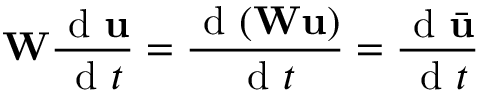
\mathbf { W } \frac { \mathrm { ~ d ~ } \mathbf { u } } { \mathrm { ~ d ~ } t } = \frac { \mathrm { ~ d ~ } ( \mathbf { W } \mathbf { u } ) } { \mathrm { ~ d ~ } t } = \frac { \mathrm { ~ d ~ } \bar { \mathbf { u } } } { \mathrm { ~ d ~ } t }